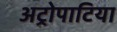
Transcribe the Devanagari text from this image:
अट्रोपाटिया